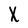
Character: X